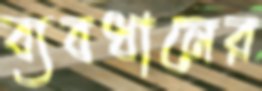
ব্যবধানের